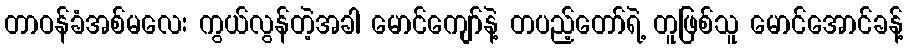
တာဝန်ခံအစ်မလေး ကွယ်လွန်တဲ့အခါ မောင်ကျော်နဲ့ တပည့်တော်ရဲ့ တူဖြစ်သူ မောင်အောင်ခန့်